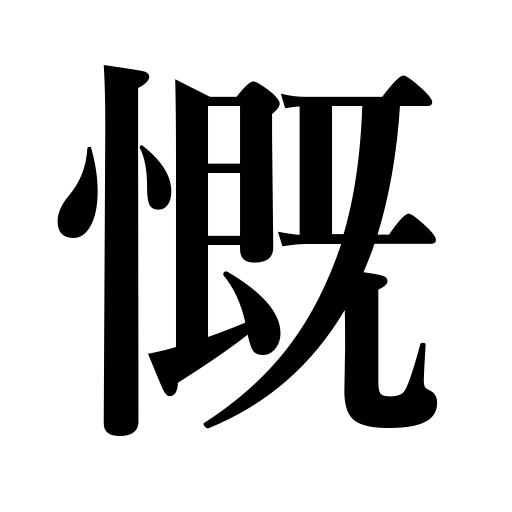
Meanings: be sad